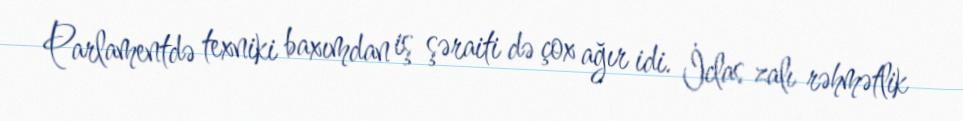
Parlamentdə texniki baxımdan iş şəraiti də çox ağır idi. İclas zalı rəhmətlik